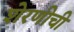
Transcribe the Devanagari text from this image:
शेरणीची